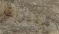
مثيرات